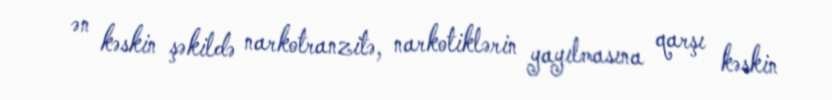
ən kəskin şəkildə narkotranzitə, narkotiklərin yayılmasına qarşı kəskin